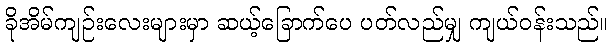
ခိုအိမ်ကျဉ်းလေးများမှာ ဆယ့်ခြောက်ပေ ပတ်လည်မျှ ကျယ်ဝန်းသည်။